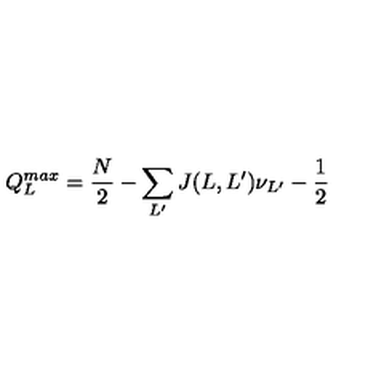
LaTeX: Q _ { L } ^ { m a x } = \frac { N } { 2 } - \sum _ { L ^ { \prime } } J ( L , L ^ { \prime } ) \nu _ { L ^ { \prime } } - \frac { 1 } { 2 }